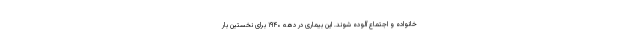
خانواده و اجتماع آلوده شوند. این بیماری در دهه ۱۹۴۰ برای نخستین بار